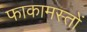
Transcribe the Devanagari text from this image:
फाकामस्तों